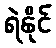
ရဲနိုင်